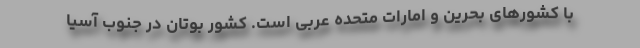
با کشورهای بحرین و امارات متحده عربی است. کشور بوتان در جنوب آسیا